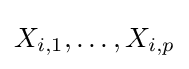
X_{i,1},\dots ,X_{i,p}